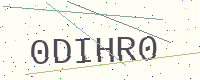
Text: 0DIHR0